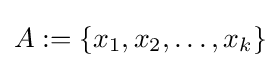
A:=\{x_{1},x_{2},\dots ,x_{k}\}